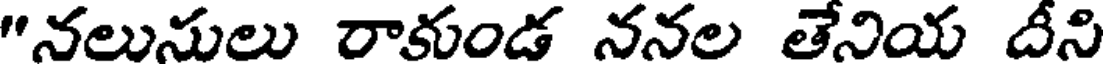
"నలునులు రాకుండ ననల తేనియ దీని